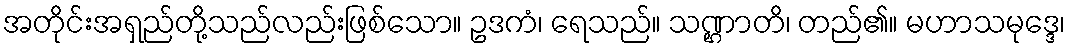
အတိုင်းအရှည်တို့သည်လည်းဖြစ်သော။ ဥဒကံ၊ ရေသည်။ သဏ္ဌာတိ၊ တည်၏။ မဟာသမုဒ္ဒေ၊